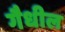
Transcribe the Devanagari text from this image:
गैधील